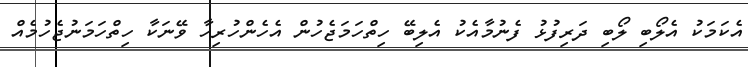
އެކަމަކު އެލޯބި ލޯބި ދަރިފުޅު ފެނުމާއެކު އެލިބޭ ހިތްހަމަޖެހުން އެހެންހުރިހާ ވޭނަކާ ހިތްހަމަނުޖެހުމެއް